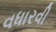
વધારવી